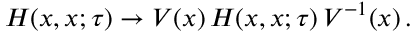
H ( x , x ; \tau ) \to V ( x ) \, H ( x , x ; \tau ) \, V ^ { - 1 } ( x ) \, .